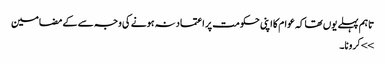
تاہم پہلے یوں تھا کہ عوام کا اپنی حکومت پر اعتماد نہ ہونے کی وجہ سے کے مضامین
>> کرونا۔